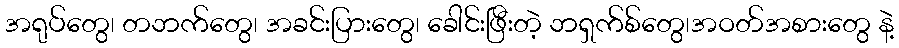
အရုပ်တွေ၊ တဘက်တွေ၊ အခင်းပြားတွေ၊ ခေါင်းဖြီးတဲ့ ဘရှက်စ်တွေ၊အဝတ်အစားတွေ နဲ့